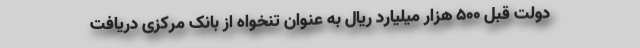
دولت قبل ۵۰۰ هزار میلیارد ریال به عنوان تنخواه از بانک مرکزی دریافت